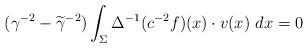
LaTeX: \begin{align*}(\gamma^{-2}-\widetilde{\gamma}^{-2})\int_{\Sigma}\Delta^{-1}(c^{-2} f)(x)\cdot v(x)\ dx=0\end{align*}